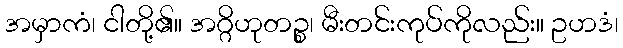
အမှာကံ၊ ငါတို့၏။ အဂ္ဂိဟုတဉ္စ၊ မီးတင်းကုပ်ကိုလည်း။ ဥဟဒံ၊